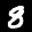
Label: 8